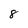
Character: 8